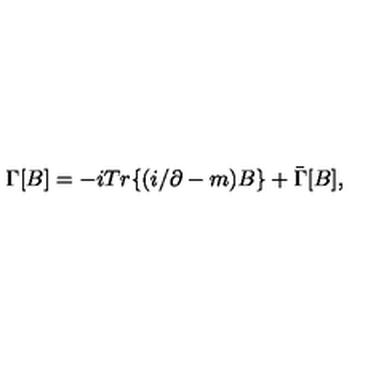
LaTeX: \Gamma \lbrack B \rbrack = - i T r \lbrace ( i \slash \partial - m ) B \rbrace + \bar { \Gamma } [ B ] ,